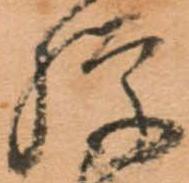
騨